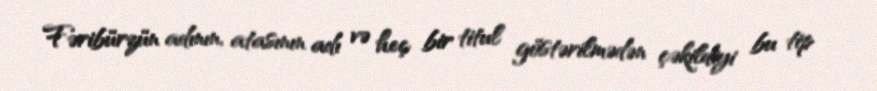
Fəribürzün adının, atasının adı və heç bir titul göstərilmədən çəkildiyi bu tip